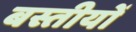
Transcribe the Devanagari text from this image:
बस्तीयों